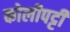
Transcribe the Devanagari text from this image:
कोलीपट्टी